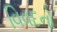
વિવદનો